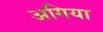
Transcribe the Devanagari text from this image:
अगिया